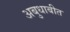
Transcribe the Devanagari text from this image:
अबुधाबीत